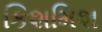
કિશમિશ